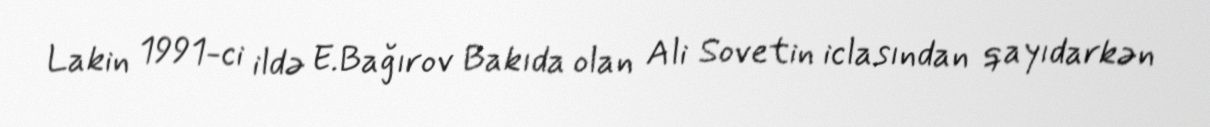
Lakin 1991-ci ildə E.Bağırov Bakıda olan Ali Sovetin iclasından qayıdarkən